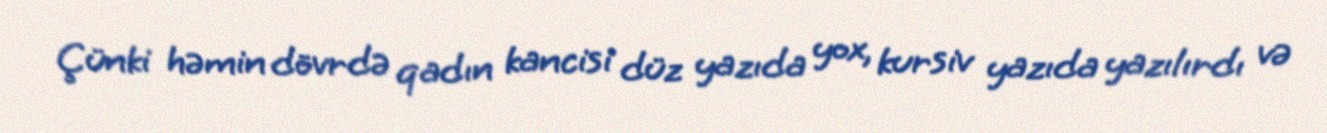
Çünki həmin dövrdə qadın kancisi düz yazıda yox, kursiv yazıda yazılırdı və